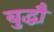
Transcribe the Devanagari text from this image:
बुद्धौ